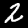
Digit: 2